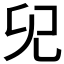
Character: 𠑼